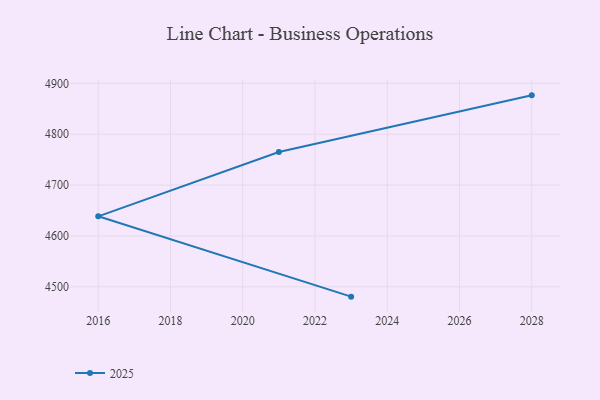
{"axis": {"x": "Year", "y": "Gross Profit (USD K)"}, "legend": ["2025"], "data": [{"x": "2028", "y": 4876.4, "type": "2025"}, {"x": "2021", "y": 4765.0, "type": "2025"}, {"x": "2016", "y": 4638.6, "type": "2025"}, {"x": "2023", "y": 4480.7, "type": "2025"}]}